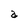
Character: a